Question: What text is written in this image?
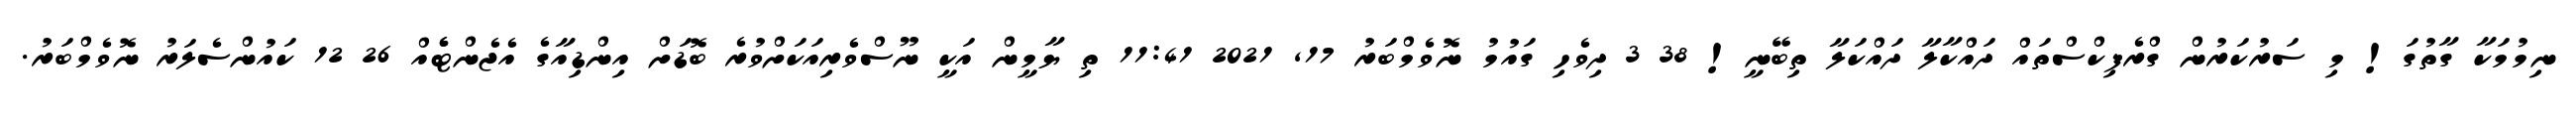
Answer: ނިމުމަކާ ގާތުގަ! މި ސަރުކަރުން ގްރެފިކްސްތައް ދައްކާލާ ދައްކަލާ ތިބޭނީ! 38 3 ދިވެހި ގައުމު ނޮވެމްބަރު 17, 2021 11:41 ތި ޔާމީން އަކީ ނޫސްވެރިއަކަށްވުރެ ބޮޑަށް އިންޑިއާގެ އެޖެންޓެެއް 26 12 ކައުންސެލަރު ނޮވެމްބަރު.